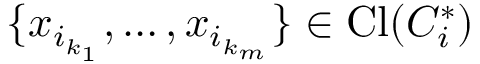
\{ x _ { i _ { k _ { 1 } } } , \dots , x _ { i _ { k _ { m } } } \} \in \mathrm { C l } ( C _ { i } ^ { * } )